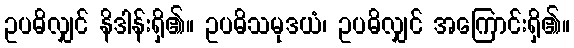
ဥပဓိလျှင် နိဒါန်းရှိ၏။ ဥပဓိသမုဒယံ၊ ဥပဓိလျှင် အကြောင်းရှိ၏။